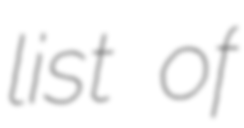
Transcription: list of